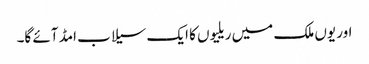
اور یوں ملک میں ریلیوں کا ایک سیلاب امڈ آئے گا۔